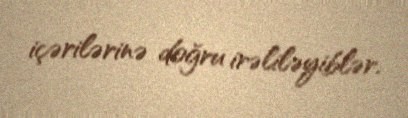
içərilərinə doğru irəliləyiblər.